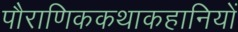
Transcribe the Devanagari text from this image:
पौराणिककथाकहानियों